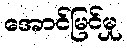
အောင်မြင်မှု